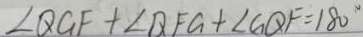
\angle Q G F + \angle Q F G + \angle G Q F = 1 8 0 ^ { \circ }